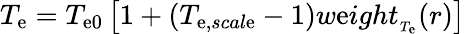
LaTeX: T_{\mathrm{e}}=T_{\mathrm{e}0}\left[1+\left(T_{\mathrm{e},scal\mathrm{e}}-1\right)w\mathrm{e}ight_{_{T_{\mathrm{e}}}}(r)\right]